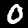
Label: 0